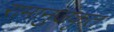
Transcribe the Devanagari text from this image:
रामानुजकृत